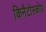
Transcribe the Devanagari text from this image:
किनैटोस्कोप